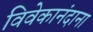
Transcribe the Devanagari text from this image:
विवेकानंदाना